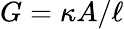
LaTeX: G=\kappa A/\ell